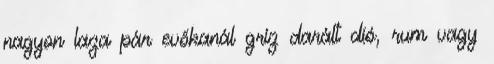
nagyon laza pár evőkanál gríz darált dió, rum vagy